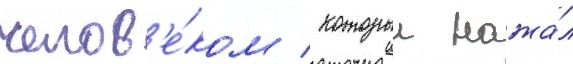
челов'е́ком / которыи нажа́л